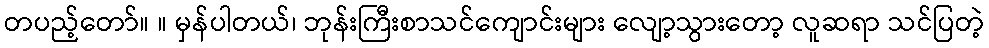
တပည့်တော်။ ။ မှန်ပါတယ်၊ ဘုန်းကြီးစာသင်ကျောင်းများ လျော့သွားတော့ လူဆရာ သင်ပြတဲ့